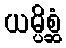
ယမ္ပိစ္ဆံ